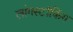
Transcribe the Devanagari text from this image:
लांगस्टॉकिंग